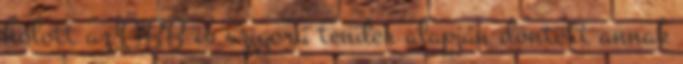
holott az ÖBB is szigorú tender alapján döntött annak